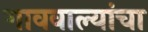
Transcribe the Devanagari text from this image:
गाववाल्यांचा